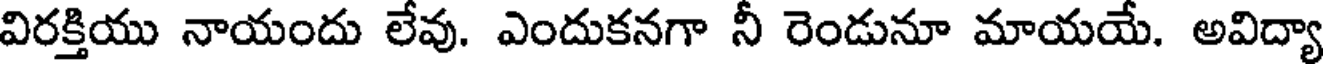
విరక్తియు నాయందు లేవు. ఎందుకనగా నీ రెండునూ మాయయే. అవిద్యా